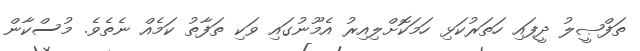
ތަފްޞީލު ދީފައި ހަތަރުކަޅި ހަމަކޮށްލިއިރު އެމޫނުގައި ވަކި ތަފާތު ކަމެއް ނެތެވެ. މުސްކާން